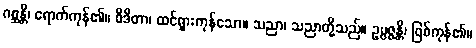
ဂစ္ဆန္တိ၊ ရောက်ကုန်၏။ ဝိဒိတာ၊ ထင်ရှားကုန်သော။ သညာ၊ သညာတို့သည်။ ဥပ္ပဇ္ဇန္တိ၊ ဖြစ်ကုန်၏။